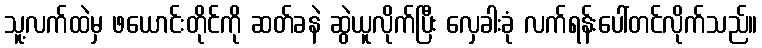
သူ့လက်ထဲမှ ဖယောင်းတိုင်ကို ဆတ်ခနဲ ဆွဲယူလိုက်ပြီး လှေခါးခုံ လက်ရန်းပေါ်တင်လိုက်သည်။